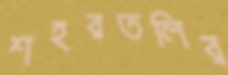
শহরতলির